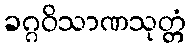
ခဂ္ဂဝိသာဏသုတ္တံ